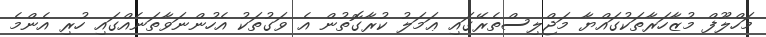
މަހްލޫފް މުޒާހަރާތަކުގައްޔާ މަޖްލިސްތެރޭގައި ޢަމަލު ކުރާގޮތުން އެ ވަގުތަކު އެހުންނަވާތަނެއްގައި ހުރި އެންމެ